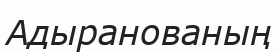
Адыранованың